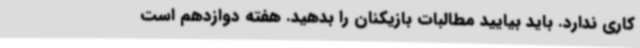
کاری ندارد. باید بیایید مطالبات بازیکنان را بدهید. هفته دوازدهم است